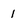
Character: 1